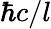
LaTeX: \hbar c/l